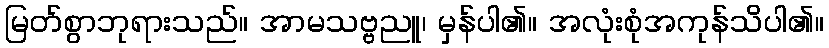
မြတ်စွာဘုရားသည်။ အာမသဗ္ဗညူ၊ မှန်ပါ၏။ အလုံးစုံအကုန်သိပါ၏။